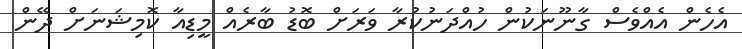
އެހެން އެއްވެސް ގާނޫނަކުން ހުއްދަނުކުރާ ވަރަށް ބޮޑު ބާރެއް މީޑިއާ ކޮމިޝަނަށް ދޭން